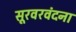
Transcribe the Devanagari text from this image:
सूरवरवंदना